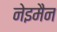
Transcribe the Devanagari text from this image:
नेइमैन